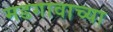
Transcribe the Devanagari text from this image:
मडगावाच्या